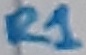
Text: R1